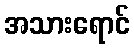
အသားရောင်